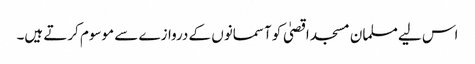
اس لیے مسلمان مسجد اقصیٰ کو آسمانوں کے دروازے سے موسوم کرتے ہیں۔